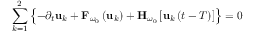
\sum _ { k = 1 } ^ { 2 } \left\{ - \partial _ { t } \mathbf { u } _ { k } + { \bf F } _ { \omega _ { 0 } } \left( { \bf u } _ { k } \right) + { \bf H } _ { \omega _ { 0 } } \left[ { \bf u } _ { k } \left( t - T \right) \right] \right\} = 0